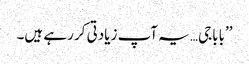
’’باباجی… یہ آپ زیادتی کر رہے ہیں۔